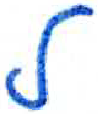
אות: ל